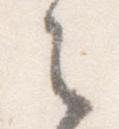
之